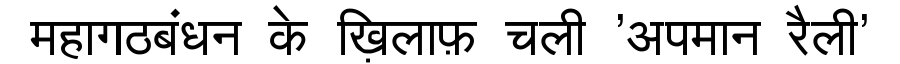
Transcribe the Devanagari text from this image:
महागठबंधन के ख़िलाफ़ चली 'अपमान रैली'